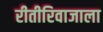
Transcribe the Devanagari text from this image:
रीतीरिवाजाला